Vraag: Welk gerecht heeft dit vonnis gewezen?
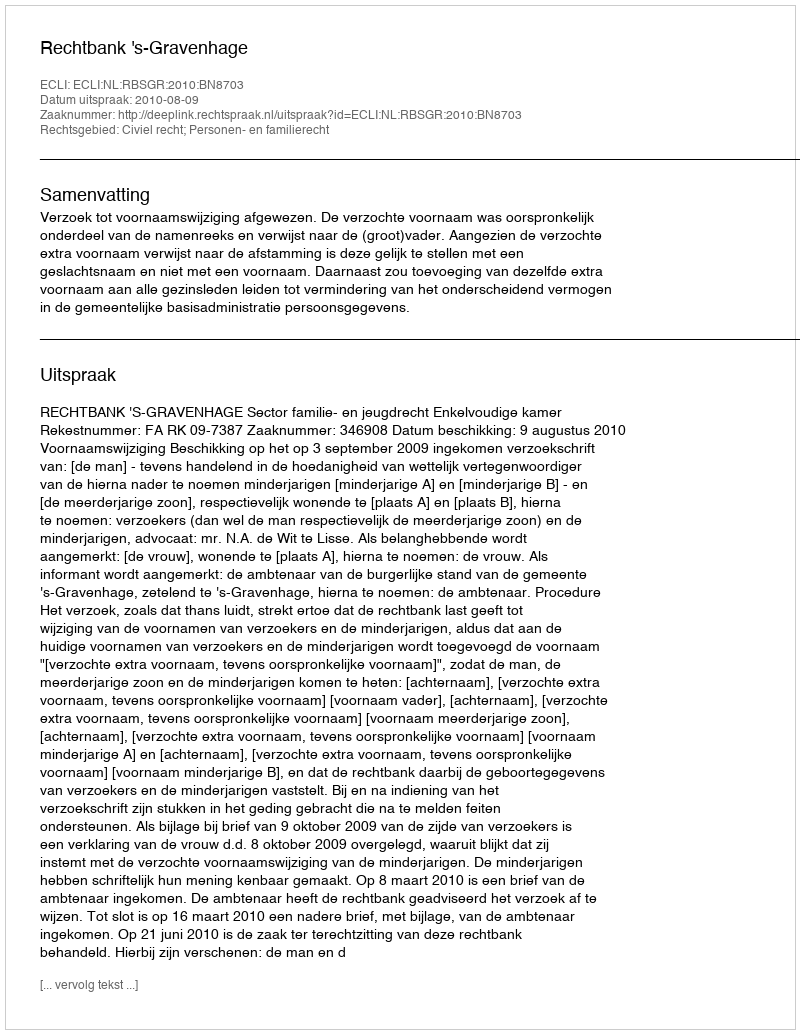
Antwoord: Rechtbank 's-Gravenhage